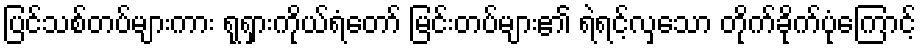
ပြင်သစ်တပ်များကား ရုရှားကိုယ်ရံတော် မြင်းတပ်များ၏ ရဲရင့်လှသော တိုက်ခိုက်ပုံကြောင့်